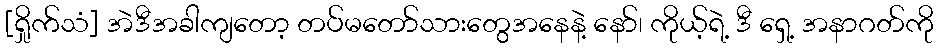
[ရှိုက်သံ] အဲဒီအခါကျတော့ တပ်မတော်သားတွေအနေနဲ့ နော်၊ ကိုယ့်ရဲ့ ဒီ ရှေ့ အနာဂတ်ကို